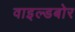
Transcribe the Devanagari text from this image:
वाइल्डबोर